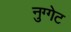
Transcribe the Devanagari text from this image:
नुग्गेट